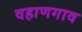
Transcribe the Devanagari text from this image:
वहाणगाव